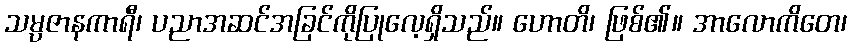
သမ္ပဇာနကာရီ၊ ပညာအဆင်အခြင်ကိုပြုလေ့ရှိသည်။ ဟောတိ၊ ဖြစ်၏။ အာလောကိတေ၊